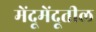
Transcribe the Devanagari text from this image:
मेंदूमेंदूतील